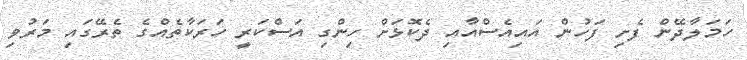
ހަމަލާދޭން ފެށި ފަހުން އައިއެސްއާއި ދެކޮޅަށް ހިންގި އަސްކަރީ ހަރަކާތެއްގެ ތެރޭގައި މަރުވި